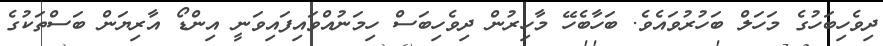
ދިވެހިބަހުގެ މަހަލް ބަހުރުވައެވެ. ބަހާބެހޭ މާހިރުން ދިވެހިބަސް ހިމަނުއްވައިފައިވަނީ އިންޑޯ އާރިޔަން ބަސްތަކުގެ